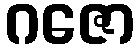
ဂဇော